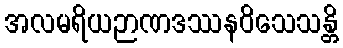
အလမရိယဉာဏဒဿနဝိသေသန္တိ